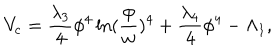
V _ { \mathrm { c } } = { \frac { \lambda _ { 3 } } { 4 } } \phi ^ { 4 } \ln ( { \frac { \phi } { w } } ) ^ { 4 } + { \frac { \lambda _ { 4 } } { 4 } } \phi ^ { 4 } - \Lambda _ { 1 } ,